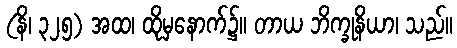
(နိ၊ ၃၂၅) အထ၊ ထိုမှနောက်၌။ တာယ ဘိက္ခုနိယာ၊ သည်။